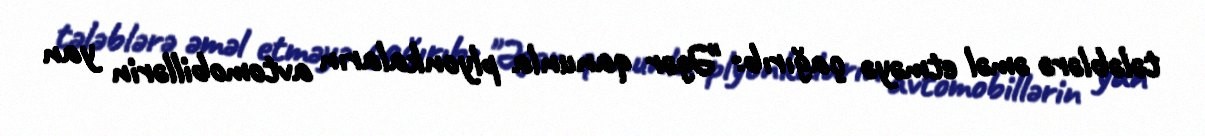
tələblərə əməl etməyə çağırıb: "Əgər qanunla plyonkaların avtomobillərin yan